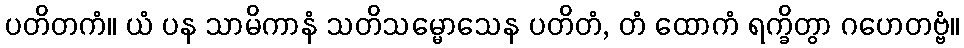
ပတိတကံ။ ယံ ပန သာမိကာနံ သတိသမ္မောသေန ပတိတံ, တံ ထောကံ ရက္ခိတွာ ဂဟေတဗ္ဗံ။